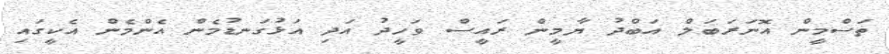
ތަސްމީން އޮނަރަބަލް އަބްދު ޔާމީން ރައީސް ވަހީދު އަދި އަޅުގަނޑުމެން އެންމެން އެކީގައި